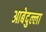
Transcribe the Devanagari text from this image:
आबेदुल्ला